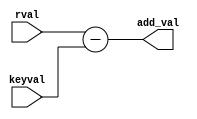
module inv_add_oper( input [127:0]rval,input[127:0]keyval,output wire[127:0]add_val

    );
    
    assign add_val=rval-keyval;
endmodule